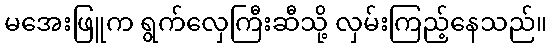
မအေးဖြူက ရွက်လှေကြီးဆီသို့ လှမ်းကြည့်နေသည်။